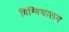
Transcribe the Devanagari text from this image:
विश्‍विद्यालय